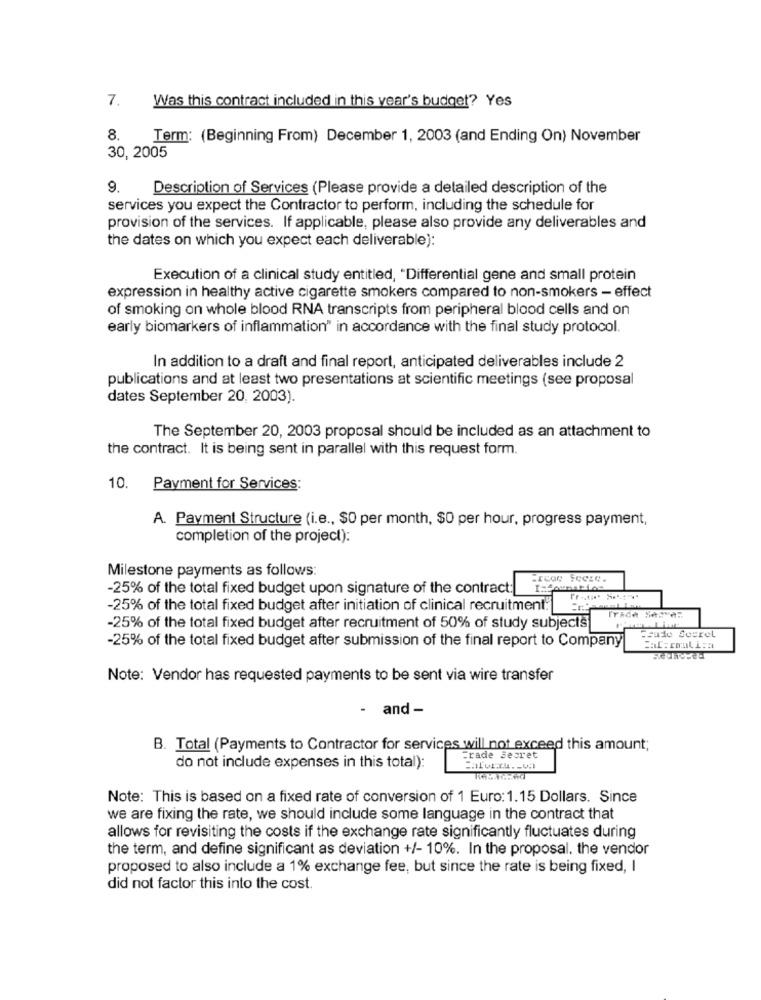
7.
Was this contract included in this year's budget? Yes
8.
Term: (Beginning From) December 1, 2003 (and Ending On) November
30, 2005
9. Description of Services (Please provide a detailed description of the
services you expect the Contractor to perform, including the schedule for
provision of the services. If applicable, please also provide any deliverables and
the dates on which you expect each deliverable):
Execution of a clinical study entitled, "Differential gene and small protein
expression in healthy active cigarette smokers compared to non-smokers - effect
of smoking on whole blood RNA transcripts from peripheral blood cells and on
early biomarkers of inflammation" in accordance with the final study protocol.
In addition to a draft and final report, anticipated deliverables include 2
publications and at least two presentations at scientific meetings (see proposal
dates September 20, 2003).
The September 20, 2003 proposal should be included as an attachment to
the contract. It is being sent in parallel with this request form.
10.
Payment for Services:
A. Payment Structure (i.e ., $0 per month, $0 per hour, progress payment,
completion of the project):
Milestone payments as follows:
Freae fecze.
-25% of the total fixed budget upon signature of the contract:
-25% of the total fixed budget after initiation of clinical recruitment.
-25% of the total fixed budget after recruitment of 50% of study subjects
-25% of the total fixed budget after submission of the final report to Company
Fsudo Soerel
Note: Vendor has requested payments to be sent via wire transfer
- and -
B. Total (Payments to Contractor for services will not exceed this amount;
Trade Secret
do not include expenses in this total):
Note: This is based on a fixed rate of conversion of 1 Euro: 1.15 Dollars. Since
we are fixing the rate, we should include some language in the contract that
allows for revisiting the costs if the exchange rate significantly fluctuates during
the term, and define significant as deviation +/- 10%. In the proposal. the vendor
proposed to also include a 1% exchange fee, but since the rate is being fixed, I
did not factor this into the cost.